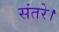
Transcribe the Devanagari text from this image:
संतरे।